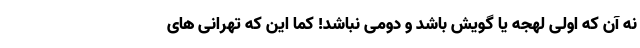
نه آن که اولی لهجه یا گویش باشد و دومی نباشد! کما این که تهرانی های